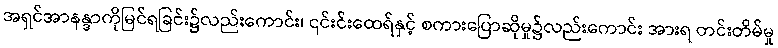
အရှင်အာနန္ဒာကိုမြင်ရခြင်း၌လည်းကောင်း၊ ၎င်းင်းထေရ်နှင့် စကားပြောဆိုမှု၌လည်းကောင်း အားရ တင်းတိမ်မှု